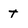
Character: t